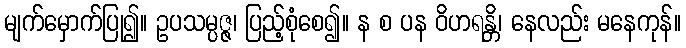
မျက်မှောက်ပြု၍။ ဥပသမ္ပဇ္ဇ၊ ပြည့်စုံစေ၍။ န စ ပန ဝိဟရန္တိ၊ နေလည်း မနေကုန်။